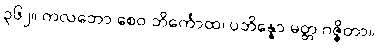
၃၆၂။ ကလဘော စေဝ ဘိင်္ကောထ၊ ပဘိန္နော မတ္တ ဂဇ္ဇိတာ။